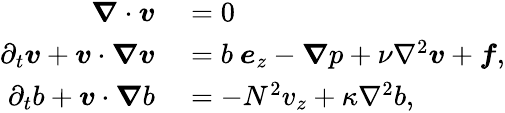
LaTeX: \begin{array}{rl}{\boldsymbol{\nabla}\cdot\boldsymbol{v}}&{{}=0}\\ {\partial_{t}\boldsymbol{v}+\boldsymbol{v}\cdot\boldsymbol{\nabla}\boldsymbol{v}}&{{}=b~\boldsymbol{e}_{z}-\boldsymbol{\nabla}p+\nu\nabla^{2}\boldsymbol{v}+\boldsymbol{f},}\\ {\partial_{t}{b}+\boldsymbol{v}\cdot\boldsymbol{\nabla}b}&{{}=-N^{2}v_{z}+\kappa\nabla^{2}{b},}\end{array}